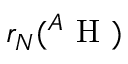
r _ { N } ( { } ^ { A } \mathrm { ~ H ~ } )